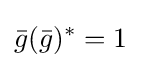
{\bar {g}}({\bar {g}})^{*}=1